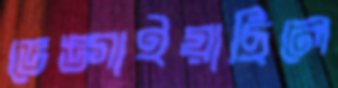
ভেঙ্গাইয়াছিলে